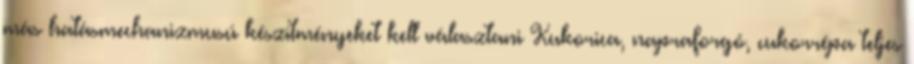
más hatásmechanizmusú készítményeket kell választani Kukorica, napraforgó, cukorrépa teljes